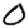
Digit: 0